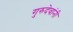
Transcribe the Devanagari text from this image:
गुरुदेवांनी